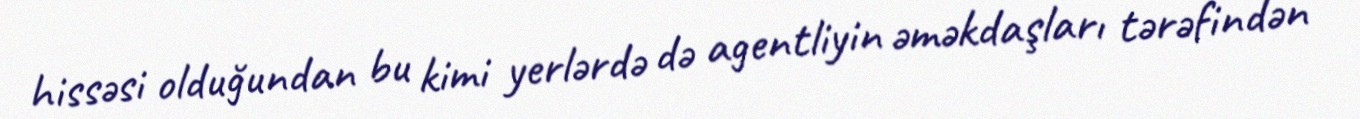
hissəsi olduğundan bu kimi yerlərdə də agentliyin əməkdaşları tərəfindən